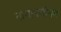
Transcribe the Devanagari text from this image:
नागापत्तीनम